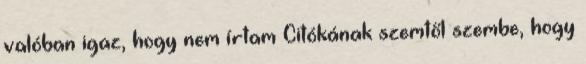
valóban igaz, hogy nem írtam Citókának szemtől szembe, hogy